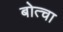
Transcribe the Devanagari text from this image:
बोत्चा